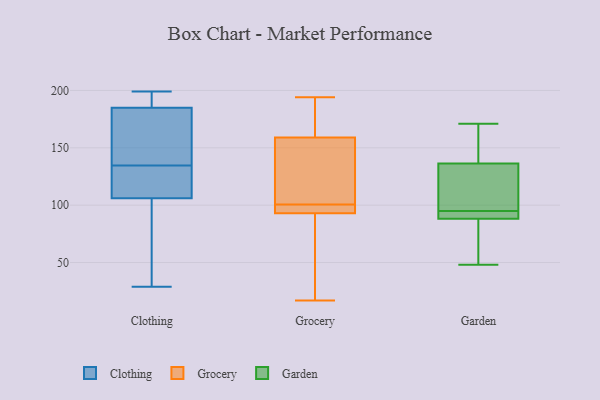
{"axis": {"x": "Inventory Turnover", "y": "Value"}, "legend": ["Clothing", "Garden", "Grocery"], "data": [{"x": "", "y": 177, "type": "Clothing"}, {"x": "", "y": 120, "type": "Clothing"}, {"x": "", "y": 192, "type": "Clothing"}, {"x": "", "y": 135, "type": "Clothing"}, {"x": "", "y": 134, "type": "Clothing"}, {"x": "", "y": 106, "type": "Clothing"}, {"x": "", "y": 181, "type": "Clothing"}, {"x": "", "y": 101, "type": "Clothing"}, {"x": "", "y": 74, "type": "Clothing"}, {"x": "", "y": 192, "type": "Clothing"}, {"x": "", "y": 199, "type": "Clothing"}, {"x": "", "y": 29, "type": "Clothing"}, {"x": "", "y": 185, "type": "Clothing"}, {"x": "", "y": 129, "type": "Clothing"}, {"x": "", "y": 102, "type": "Grocery"}, {"x": "", "y": 170, "type": "Grocery"}, {"x": "", "y": 37, "type": "Grocery"}, {"x": "", "y": 103, "type": "Grocery"}, {"x": "", "y": 97, "type": "Grocery"}, {"x": "", "y": 159, "type": "Grocery"}, {"x": "", "y": 54, "type": "Grocery"}, {"x": "", "y": 161, "type": "Grocery"}, {"x": "", "y": 17, "type": "Grocery"}, {"x": "", "y": 152, "type": "Grocery"}, {"x": "", "y": 98, "type": "Grocery"}, {"x": "", "y": 194, "type": "Grocery"}, {"x": "", "y": 99, "type": "Grocery"}, {"x": "", "y": 93, "type": "Grocery"}, {"x": "", "y": 88, "type": "Garden"}, {"x": "", "y": 65, "type": "Garden"}, {"x": "", "y": 48, "type": "Garden"}, {"x": "", "y": 95, "type": "Garden"}, {"x": "", "y": 131, "type": "Garden"}, {"x": "", "y": 138, "type": "Garden"}, {"x": "", "y": 118, "type": "Garden"}, {"x": "", "y": 89, "type": "Garden"}, {"x": "", "y": 171, "type": "Garden"}, {"x": "", "y": 94, "type": "Garden"}, {"x": "", "y": 160, "type": "Garden"}]}